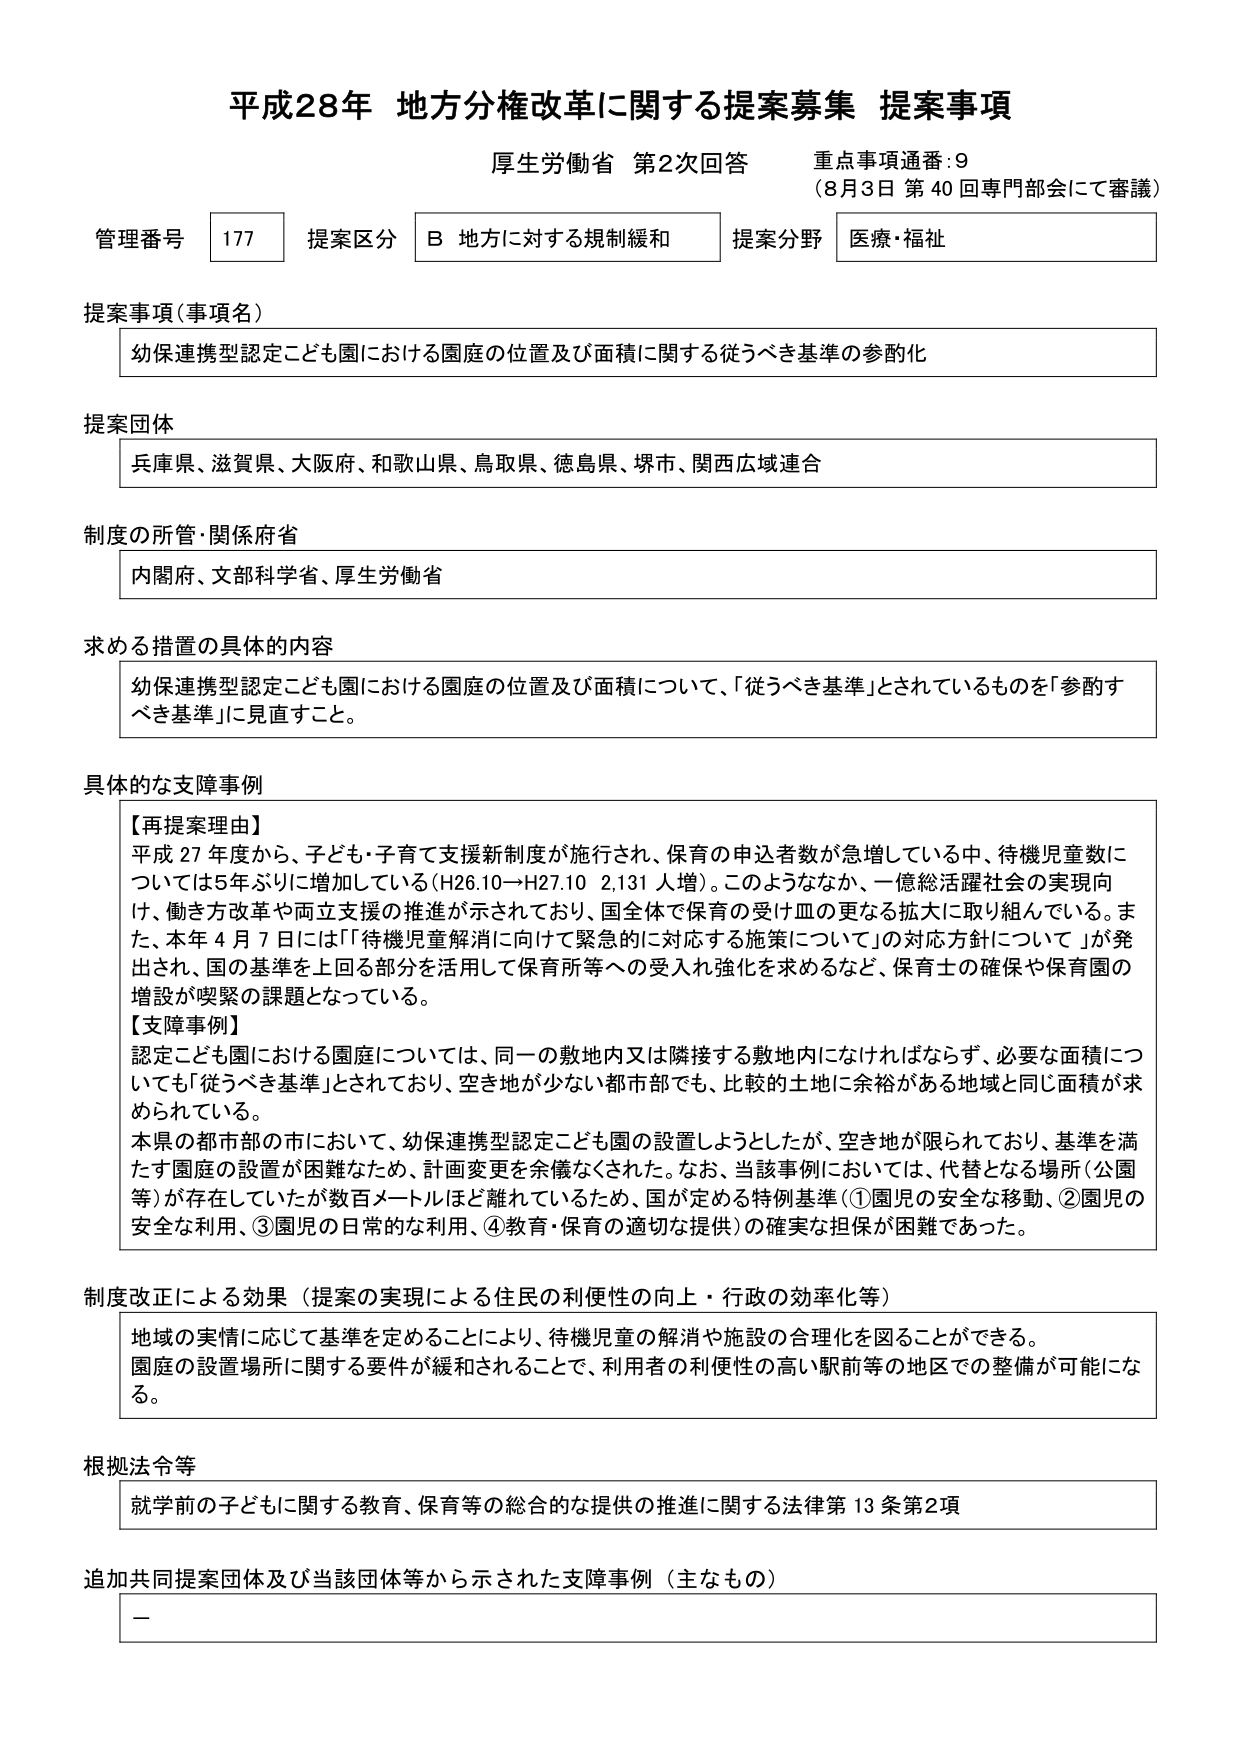
平成28年 地方分権改革に関する提案募集 提案事項
厚生労働省 第2次回答 重点事項通番:9
（8月3日 第40回専門部会にて審議）

管理番号 177 提案区分 B 地方に対する規制緩和 提案分野 医療・福祉

提案事項（事項名）
幼保連携型認定こども園における園庭の位置及び面積に関する従うべき基準の参酌化

提案団体
兵庫県、滋賀県、大阪府、和歌山県、鳥取県、徳島県、堺市、関西広域連合

制度の所管・関係府省
内閣府、文部科学省、厚生労働省

求める措置の具体的内容
幼保連携型認定こども園における園庭の位置及び面積について、「従うべき基準」とされているものを「参酌すべき基準」に見直すこと。

具体的な支障事例
【再提案理由】
平成27年度から、子ども・子育て支援新制度が施行され、保育の申込者数が急増している中、待機児童数については5年ぶりに増加している（H26.10→H27.10 2,131人増）。このようななか、一億総活躍社会の実現向け、働き方改革や両立支援の推進が示されており、国全体で保育の受け皿の更なる拡大に取り組んでいる。また、本年4月7日には「待機児童解消に向けて緊急的に対応する施策について」の対応方針について」が発出され、国の基準を上回る部分を活用して保育所等への受入れ強化を求めるなど、保育士の確保や保育園の増設が喫緊の課題となっている。
【支障事例】
認定こども園における園庭については、同一の敷地内又は隣接する敷地内になければならず、必要な面積についてはも「従うべき基準」とされており、空き地が少ない都市部でも、比較的土地に余裕がある地域と同じ面積が求められている。
本県の都市部の市において、幼保連携型認定こども園の設置しようとしたが、空き地が限られており、基準を満たす園庭の設置が困難なため、計画変更を余儀なくされた。なお、当該事例においては、代替となる場所（公園等）が存在していたが数百メートルほど離れているため、国が定める特例基準（①園児の安全な移動、②園児の安全な利用、③園児の日常的な利用、④教育・保育の適切な提供）の確実な担保が困難であった。

制度改正による効果（提案の実現による住民の利便性の向上・行政の効率化等）
地域の実情に応じて基準を定めることにより、待機児童の解消や施設の合理化を図ることができる。
園庭の設置場所に関する要件が緩和されることで、利用者の利便性の高い駅前等の地区での整備が可能になる。

根拠法令等
就学前の子どもに関する教育、保育等の総合的な提供の推進に関する法律第13条第2項

追加共同提案団体及び当該団体等から示された支障事例（主なもの）
－